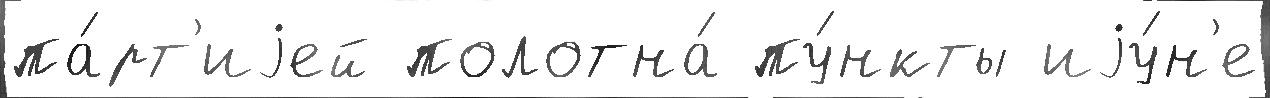
па́рт'иjей полотна́ пу́нкты иjу́н'е